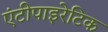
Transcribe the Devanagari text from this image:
एंटीपाइरेटिक